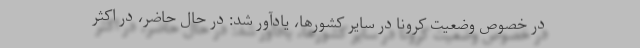
در خصوص وضعیت کرونا در سایر کشورها، یادآور شد: در حال حاضر، در اکثر